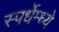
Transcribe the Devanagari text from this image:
स्पर्धेम्ध्ये